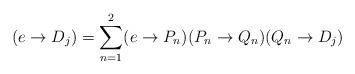
LaTeX: \begin{align*}(e\rightarrow D_j) = \sum_{n=1}^2 (e\rightarrow P_n)(P_n\rightarrow Q_n)(Q_n\rightarrow D_j)\end{align*}